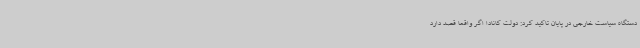
دستگاه سیاست خارجی در پایان تاکید کرد: دولت کانادا اگر واقعا قصد دارد